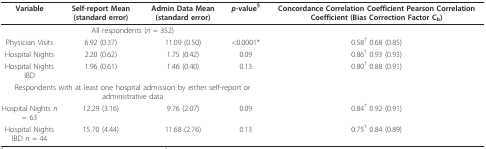
| Variable | Self-report Mean (standard error) | Admin Data Mean (standard error) | p-value§ | Concordance Correlation Coefficient Pearson Correlation Coefficient (Bias Correction Factor Cb) |
 | --- | --- | --- | --- | --- |
 | <COLSPAN=4> All respondents (n = 352) |  |
 | Physician Visits | 6.92 (0.37) | 11.09 (0.50) | <0.0001* | 0.58† 0.68 (0.85) |
 | Hospital Nights | 2.20 (0.62) | 1.75 (0.42) | 0.09 | 0.86† 0.93 (0.93) |
 | Hospital Nights IBD | 1.96 (0.61) | 1.46 (0.40) | 0.13 | 0.80† 0.88 (0.91) |
 | <COLSPAN=4> Respondents with at least one hospital admission by either self-report or administrative data |  |
 | Hospital Nights n = 63 | 12.29 (3.16) | 9.76 (2.07) | 0.09 | 0.84† 0.92 (0.91) |
 | Hospital Nights IBD n = 44 | 15.70 (4.44) | 11.68 (2.76) | 0.13 | 0.75† 0.84 (0.89) |